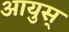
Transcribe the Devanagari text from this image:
आयुस्‌